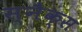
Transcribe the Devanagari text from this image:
स्‍नैक्‍स